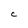
Character: C